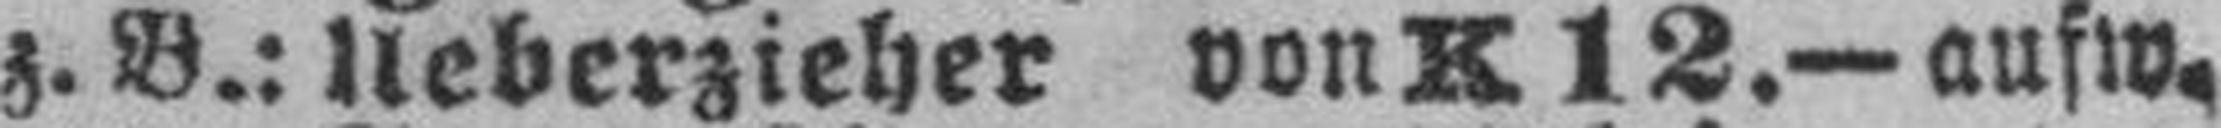
z. B.: Ueberzieher von K 12.— aufw.